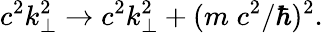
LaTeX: c^{2}k_{\perp}^{2}\to c^{2}k_{\perp}^{2}+(m\; c^{2}/\hbar)^{2}.